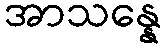
အာသန္နေ